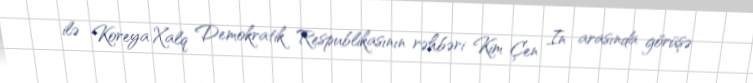
ilə Koreya Xalq Demokratik Respublikasının rəhbəri Kim Çen In arasında görüşə